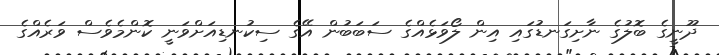
ދޫނީގެ ބޮލުގެ ނާށިގަނޑުގައި އިން ލޯވަޅެއްގެ ސަބަބުން އޭގެ ސިކުނޑިއަށްވަނީ ކޮންމެވެސް ވަރެއްގެ